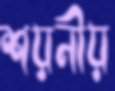
শয়নীয়